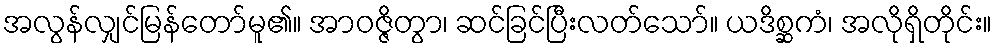
အလွန်လျှင်မြန်တော်မူ၏။ အာဝဇ္ဇိတွာ၊ ဆင်ခြင်ပြီးလတ်သော်။ ယဒိစ္ဆကံ၊ အလိုရှိတိုင်း။